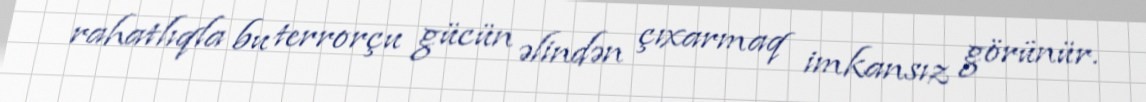
rahatlıqla bu terrorçu gücün əlindən çıxarmaq imkansız görünür.